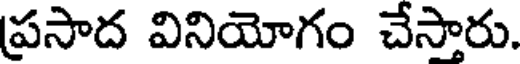
ప్రసాద వినియోగం చేసారు.